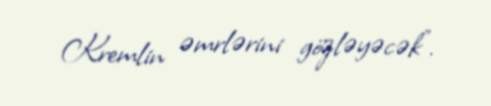
Kremlin əmrlərini gözləyəcək”.